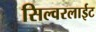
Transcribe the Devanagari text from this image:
सिल्वरलाईट